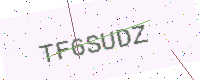
Text: TF6SUDZ